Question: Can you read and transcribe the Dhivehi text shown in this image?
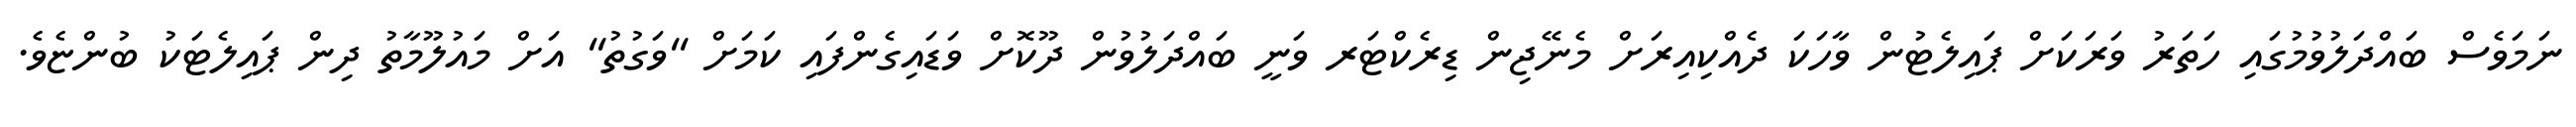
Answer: ނަމަވެސް ބައްދަލުވުމުގައި ހަތަރު ވަރަކަށް ޕައިލެޓުން ވާހަކަ ދެއްކިއިރަށް މެނޭޖިން ޑިރެކްޓަރ ވަނީ ބައްދަލުވުން ދޫކޮށް ވަޑައިގެންފައި ކަމަށް "ވަގުތު" އަށް މައުލޫމާތު ދިން ޕައިލެޓަކު ބުންޏެވެ.